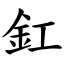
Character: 釭